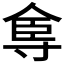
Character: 𡬴